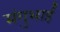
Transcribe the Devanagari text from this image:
मंगुभाई